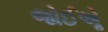
જોઈએૢ